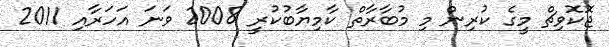
ޖޮކޮވިޗް މީގެ ކުރިން މި މުބާރާތް ކާމިޔާބުކުރީ 2008 ވަނަ އަހަރާއި 2011